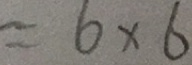
= 6 \times 6